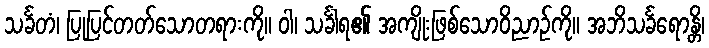
သင်္ခတံ၊ ပြုပြင်တတ်သောတရားကို။ ဝါ၊ သင်္ခါရ၏ အကျိုးဖြစ်သောဝိညာဉ်ကို။ အဘိသင်္ခရောန္တိ၊